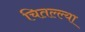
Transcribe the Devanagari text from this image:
चितल्ल्या